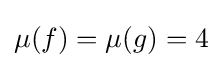
\mu (f)=\mu (g)=4